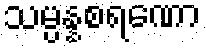
သမ္ပန္နစရဏော